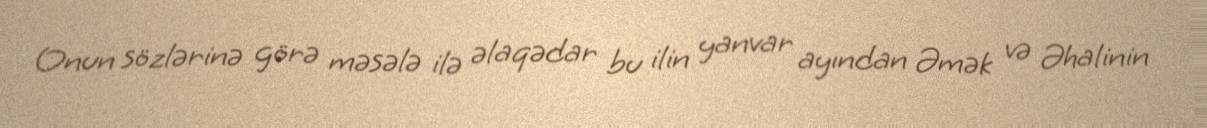
Onun sözlərinə görə məsələ ilə əlaqədar bu ilin yanvar ayından Əmək və Əhalinin